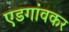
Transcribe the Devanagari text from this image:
एडगांवकर